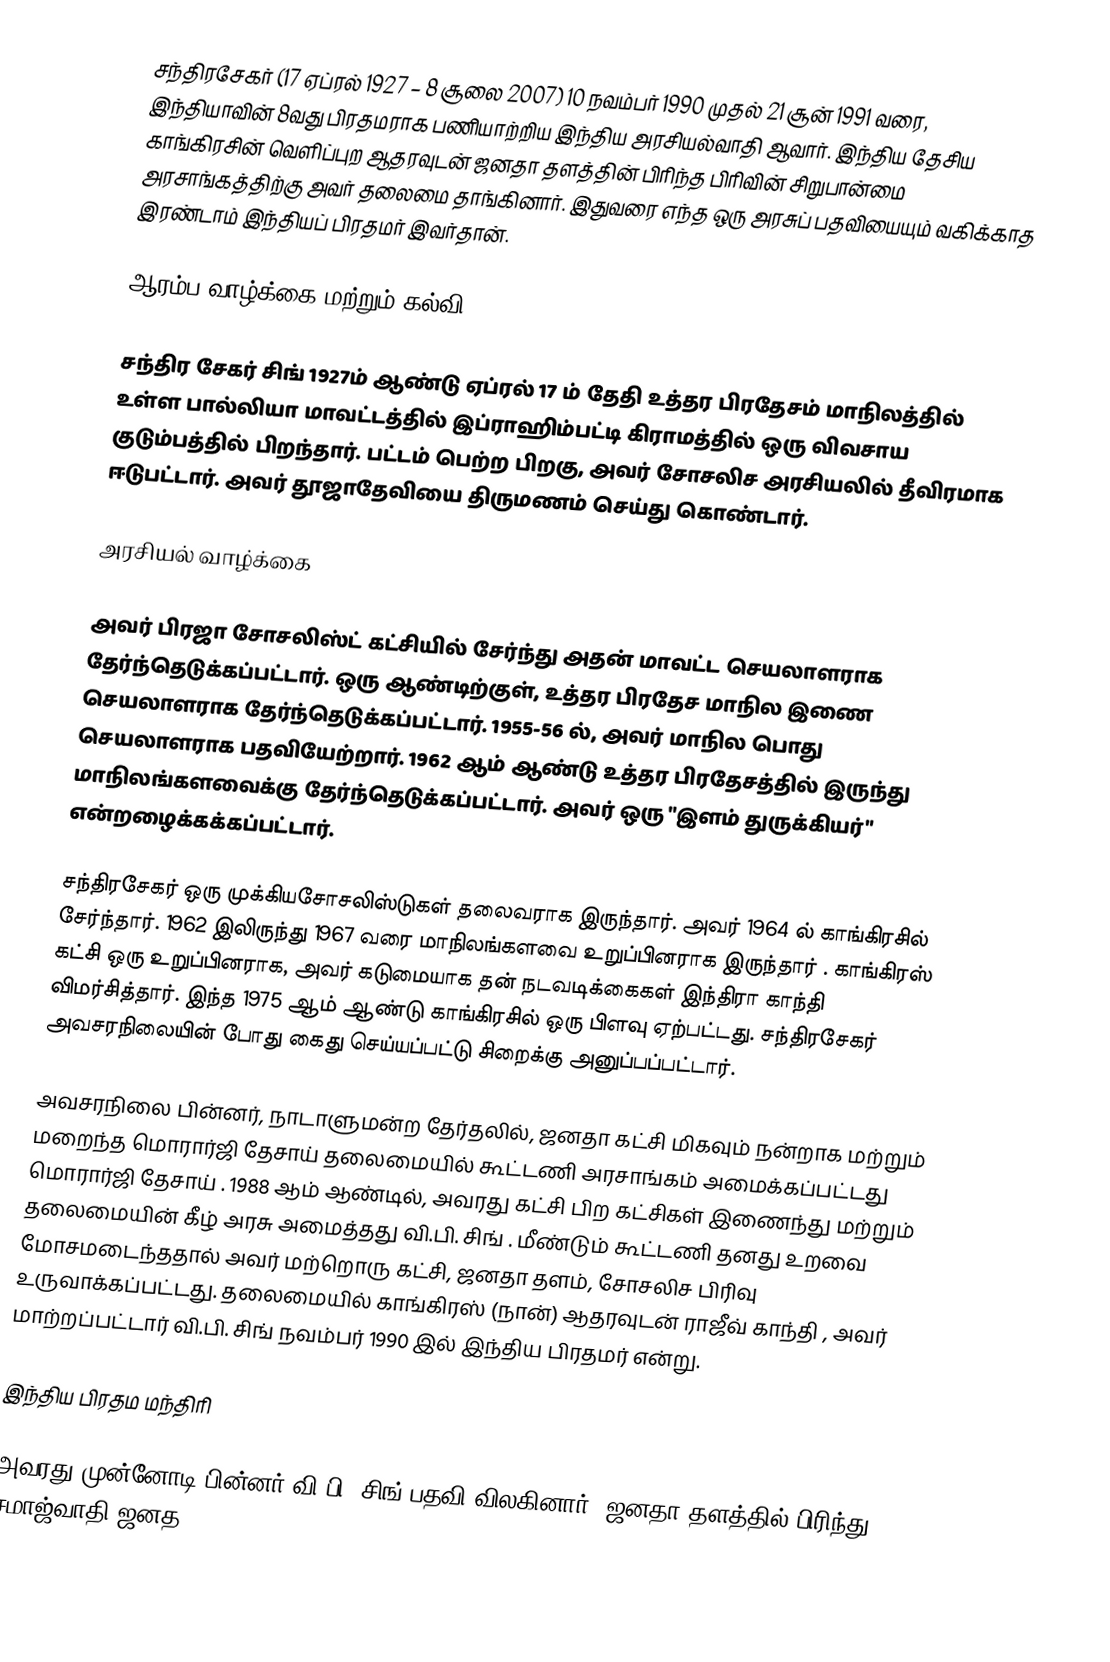
சந்திரசேகர் (17 ஏப்ரல் 1927 – 8 சூலை 2007) 10 நவம்பர் 1990 முதல் 21 சூன் 1991 வரை, இந்தியாவின் 8வது பிரதமராக பணியாற்றிய இந்திய அரசியல்வாதி ஆவார். இந்திய தேசிய காங்கிரசின் வெளிப்புற ஆதரவுடன் ஜனதா தளத்தின் பிரிந்த பிரிவின் சிறுபான்மை அரசாங்கத்திற்கு அவர் தலைமை தாங்கினார். இதுவரை எந்த ஒரு அரசுப் பதவியையும் வகிக்காத இரண்டாம் இந்தியப் பிரதமர் இவர்தான்.

ஆரம்ப வாழ்க்கை மற்றும் கல்வி

சந்திர சேகர் சிங் 1927ம் ஆண்டு ஏப்ரல் 17 ம் தேதி உத்தர பிரதேசம் மாநிலத்தில் உள்ள பால்லியா மாவட்டத்தில் இப்ராஹிம்பட்டி கிராமத்தில் ஒரு விவசாய குடும்பத்தில்  பிறந்தார். பட்டம் பெற்ற பிறகு, அவர் சோசலிச அரசியலில் தீவிரமாக ஈடுபட்டார். அவர் தூஜாதேவியை திருமணம் செய்து கொண்டார்.

அரசியல் வாழ்க்கை

அவர் பிரஜா சோசலிஸ்ட் கட்சியில் சேர்ந்து அதன் மாவட்ட செயலாளராக தேர்ந்தெடுக்கப்பட்டார்.   ஒரு ஆண்டிற்குள், உத்தர பிரதேச மாநில இணை செயலாளராக தேர்ந்தெடுக்கப்பட்டார். 1955-56 ல், அவர் மாநில  பொது செயலாளராக பதவியேற்றார். 1962 ஆம் ஆண்டு உத்தர பிரதேசத்தில் இருந்து மாநிலங்களவைக்கு தேர்ந்தெடுக்கப்பட்டார். அவர் ஒரு "இளம் துருக்கியர்" என்றழைக்கக்கப்பட்டார்.

சந்திரசேகர் ஒரு முக்கியசோசலிஸ்டுகள்  தலைவராக இருந்தார். அவர்  1964 ல் காங்கிரசில் சேர்ந்தார். 1962 இலிருந்து 1967 வரை மாநிலங்களவை உறுப்பினராக இருந்தார்  . காங்கிரஸ் கட்சி ஒரு உறுப்பினராக, அவர் கடுமையாக தன் நடவடிக்கைகள் இந்திரா காந்தி விமர்சித்தார். இந்த 1975 ஆம் ஆண்டு காங்கிரசில் ஒரு பிளவு ஏற்பட்டது. சந்திரசேகர் அவசரநிலையின் போது கைது செய்யப்பட்டு சிறைக்கு அனுப்பப்பட்டார்.

அவசரநிலை பின்னர்,  நாடாளுமன்ற தேர்தலில், ஜனதா கட்சி மிகவும் நன்றாக மற்றும் மறைந்த மொரார்ஜி தேசாய் தலைமையில் கூட்டணி அரசாங்கம் அமைக்கப்பட்டது மொரார்ஜி தேசாய் . 1988 ஆம் ஆண்டில், அவரது கட்சி பிற கட்சிகள் இணைந்து மற்றும் தலைமையின் கீழ் அரசு அமைத்தது வி.பி. சிங் . மீண்டும் கூட்டணி தனது உறவை மோசமடைந்ததால் அவர் மற்றொரு கட்சி, ஜனதா தளம், சோசலிச பிரிவு உருவாக்கப்பட்டது. தலைமையில் காங்கிரஸ் (நான்) ஆதரவுடன் ராஜீவ் காந்தி , அவர் மாற்றப்பட்டார் வி.பி. சிங் நவம்பர் 1990 இல் இந்திய பிரதமர் என்று.

இந்திய பிரதம மந்திரி

அவரது முன்னோடி பின்னர் வி.பி. சிங் பதவி விலகினார், ஜனதா தளத்தில் பிரிந்து  சமாஜ்வாதி ஜனத